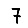
Digit: 7